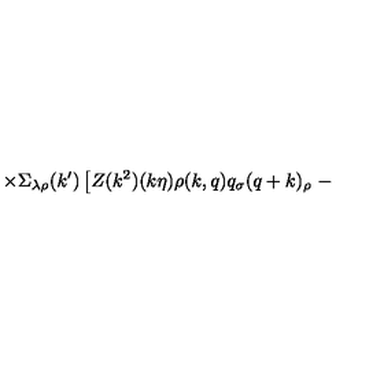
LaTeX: \times \Sigma _ { \lambda \rho } ( k ^ { \prime } ) \left[ Z ( k ^ { 2 } ) ( k \eta ) \rho ( k , q ) q _ { \sigma } ( q + k ) _ { \rho } \right. -